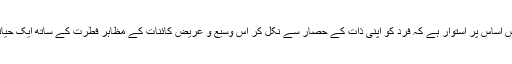
زندگی کے بارے میں ان کا تصور اس اساس پر استوار ہے کہ فرد کو اپنی ذات کے حصار سے نکل کر اس وسیع و عریض کائنات کے مظاہر فطرت کے ساتھ ایک حیاتیاتی ربط و تعلق استوار کرنا چاہیے۔